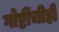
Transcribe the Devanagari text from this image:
गोष्टींचीही